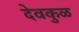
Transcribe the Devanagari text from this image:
देवकुळ